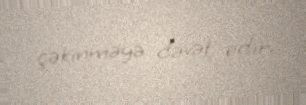
çəkinməyə dəvət edir.